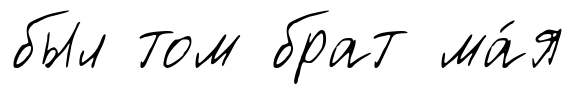
был том брат ма́я